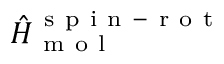
\hat { H } _ { \mathrm { ~ m ~ o ~ l ~ } } ^ { \mathrm { ~ s ~ p ~ i ~ n ~ - ~ r ~ o ~ t ~ } }